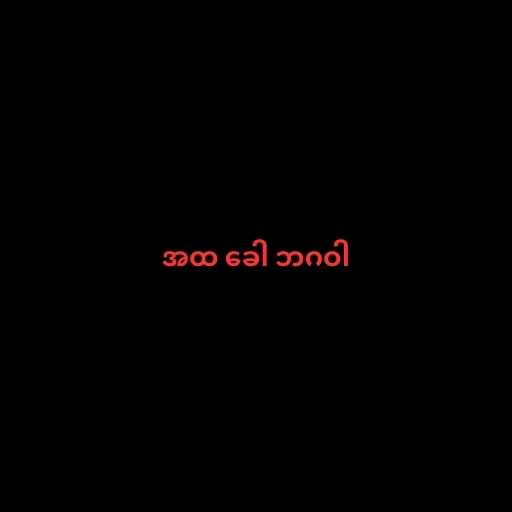
အထ ခေါ ဘဂဝါ